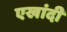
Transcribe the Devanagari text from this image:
एखांदी